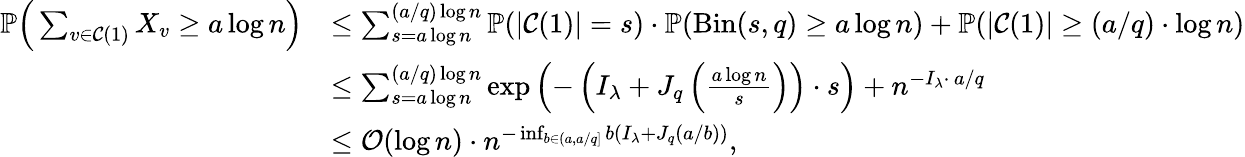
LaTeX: \begin{array}{rl}{\mathbb P\Big(\sum_{v\in\mathcal{C}(1)}X_{v}\ge a\log n\Big)}&{\le\sum_{s=a\log n}^{(a/q)\log n}\mathbb P(|\mathcal{C}(1)|=s)\cdot\mathbb P(\mathrm{Bin}(s,q)\ge a\log n)+\mathbb P(|\mathcal{C}(1)|\ge(a/q)\cdot\log n)}\\ &{\le\sum_{s=a\log n}^{(a/q)\log n}\exp\left(-\left(I_{\lambda}+J_{q}\left(\frac{a\log n}{s}\right)\right)\cdot s\right)+n^{-I_{\lambda}\cdot\, a/q}}\\ &{\le\mathcal O(\log n)\cdot n^{-\operatorname*{inf}_{b\in(a,a/q]}b(I_{\lambda}+J_{q}(a/b))},}\end{array}